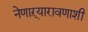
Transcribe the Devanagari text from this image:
नेणाऱ्यारावणाशी